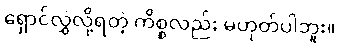
ရှောင်လွှဲလို့ရတဲ့ ကိစ္စလည်း မဟုတ်ပါဘူး။